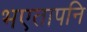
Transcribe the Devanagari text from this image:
भएतापनि